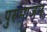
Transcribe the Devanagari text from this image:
पुरुभाजन